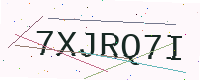
Text: 7XJRQ7I